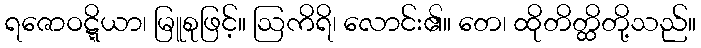
ရဇောဝဋ္ဋိယာ၊ မြူစုဖြင့်။ ဩကိရိ၊ လောင်း၏။ တေ၊ ထိုတိတ္ထိတို့သည်။